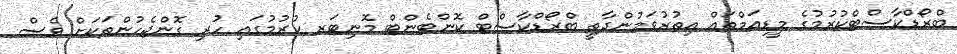
ބްރޯޑްކާސްޓްކުރުމުގެ މީޑިއަމްތައް އިތުރުވަމުންދާތީ ބްރޯޑްކާސްޓް ކޮންޓެންޓް މޮނިޓަރ ކުރުމުގައި ހުރި ގޮންޖެހުންތަކަށް ވެސް